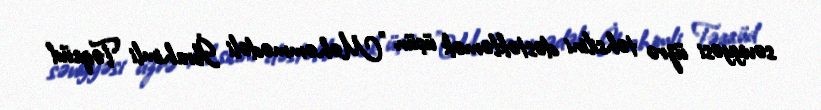
səviyyəsi üzrə təhsilini dəstəkləmək üçün "Məhəmmədəli İbrahimli Təqaüd